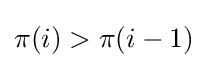
\pi (i)>\pi (i-1)